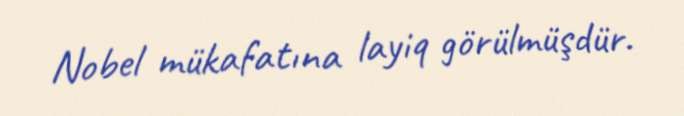
Nobel mükafatına layiq görülmüşdür.